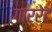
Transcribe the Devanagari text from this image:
गार्रेट